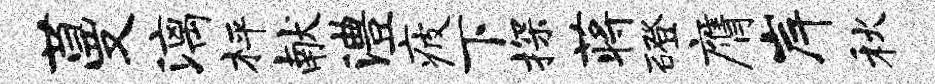
蔓漓枰献澧疲下探蒋磴膺岸秋